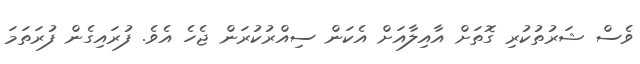
ވެސް ޝަރުތުކުރި ގޮތަށް އާއިލާއަށް އެކަން ސިއްރުކުރަން ޖެހެ އެވެ. ފުރައިގެން ފުރަތަމަ